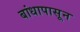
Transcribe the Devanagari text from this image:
बांधापासून